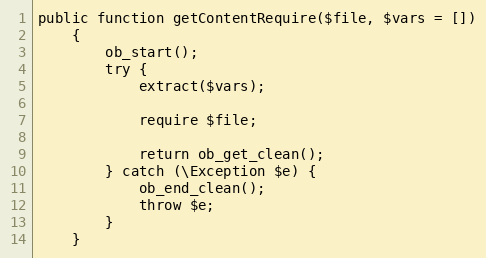
Language: PHP
public function getContentRequire($file, $vars = [])
    {
        ob_start();
        try {
            extract($vars);

            require $file;

            return ob_get_clean();
        } catch (\Exception $e) {
            ob_end_clean();
            throw $e;
        }
    }